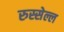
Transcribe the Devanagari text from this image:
रुस्सेल्ल